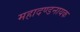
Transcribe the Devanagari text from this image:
महादण्डनायक